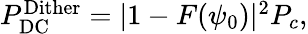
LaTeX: \begin{array}{r}{P_{\mathrm{DC}}^{\mathrm{Dither}}=|1-F(\psi_{0})|^{2}P_{c},}\end{array}